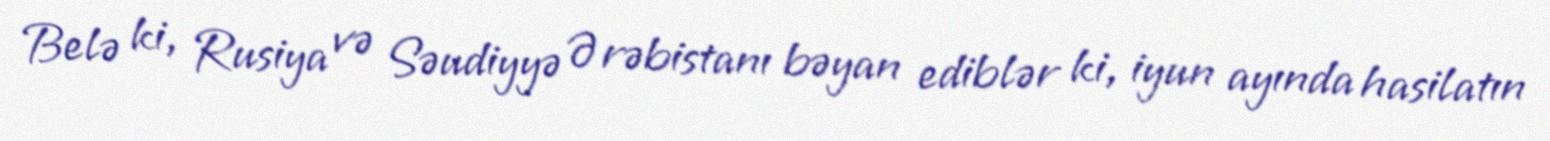
Belə ki, Rusiya və Səudiyyə Ərəbistanı bəyan ediblər ki, iyun ayında hasilatın